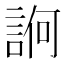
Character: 𧨂